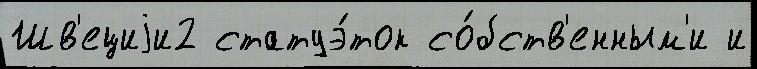
Шв'ециjи2 статуэ́ток со́бств'енным'и и